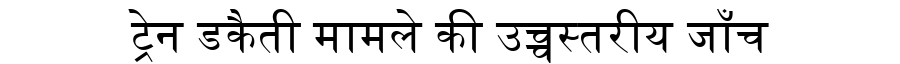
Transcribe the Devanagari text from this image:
ट्रेन डकैती मामले की उच्चस्तरीय जाँच